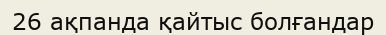
26 ақпанда қайтыс болғандар